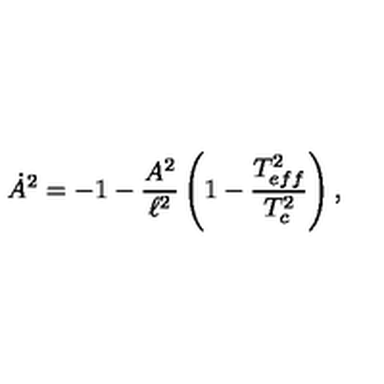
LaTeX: \dot { A } ^ { 2 } = - 1 - \frac { A ^ { 2 } } { \ell ^ { 2 } } \left( 1 - \frac { T _ { e f f } ^ { 2 } } { T _ { c } ^ { 2 } } \right) ,